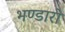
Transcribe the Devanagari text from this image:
भण्डारो